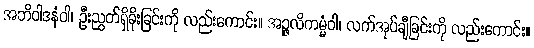
အဘိဝါဒနံဝါ၊ ဦးညွတ်ရှိခိုးခြင်းကို လည်းကောင်း။ အဉ္ဇလိကမ္မံဝါ၊ လက်အုပ်ချီခြင်းကို လည်းကောင်း။